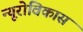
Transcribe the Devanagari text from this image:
न्यूरोविकास